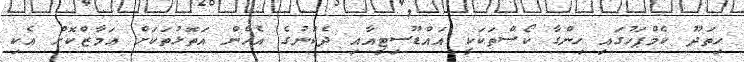
ހިތަދޫ ކެމްޕަހުގައި ހިންގާ ކޯސްތަކަކީ އައްޑޫސިޓީއާއި ދެކުނުގެ އެހެން އަތޮޅުތަކަށް އަމާޒްކޮށް އެކި